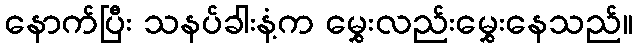
နောက်ပြီး သနပ်ခါးနံ့က မွှေးလည်းမွှေးနေသည်။